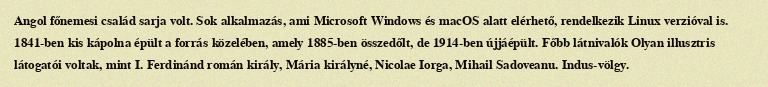
Angol főnemesi család sarja volt. Sok alkalmazás, ami Microsoft Windows és macOS alatt elérhető, rendelkezik Linux verzióval is. 1841-ben kis kápolna épült a forrás közelében, amely 1885-ben összedőlt, de 1914-ben újjáépült. Főbb látnivalók Olyan illusztris látogatói voltak, mint I. Ferdinánd román király, Mária királyné, Nicolae Iorga, Mihail Sadoveanu. Indus-völgy.